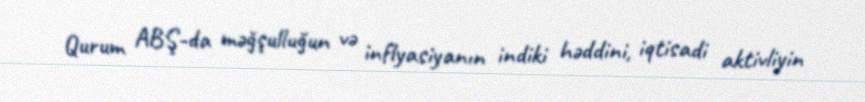
Qurum ABŞ-da məğşulluğun və inflyasiyanın indiki həddini, iqtisadi aktivliyin